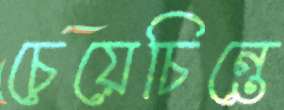
চেয়েচিন্তে